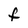
Character: f